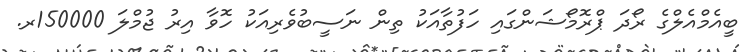
ބީއެމްއެލްގެ ރޯދަ ޕްރޮމޯޝަންގައި ހަފުތާއަކު ތިން ނަސީބުވެރިއަކު ހޮވާ އިރު ޖުމްލަ 150000ރ.